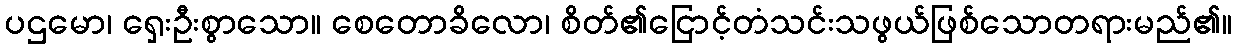
ပဌမော၊ ရှေးဦးစွာသော။ စေတောခိလော၊ စိတ်၏ငြောင့်တံသင်းသဖွယ်ဖြစ်သောတရားမည်၏။